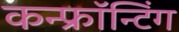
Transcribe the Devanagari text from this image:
कन्फ्रॉन्टिंग